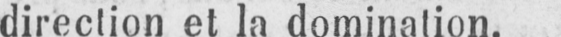
direction et la domination.